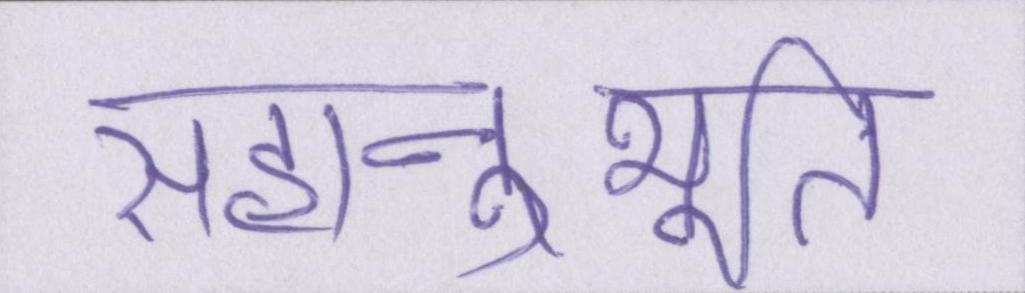
सहानुभूति